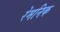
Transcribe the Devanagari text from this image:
रेमनिक